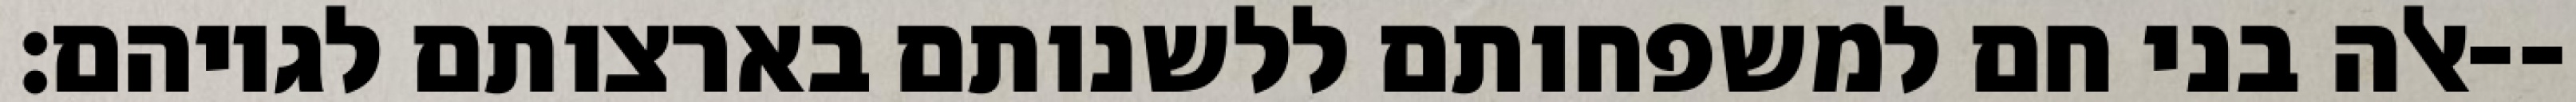
אלה בני חם למשפחותם ללשנותם בארצותם לגויהם׃--